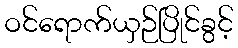
ဝင်ရောက်ယှဉ်ပြိုင်ခွင့်